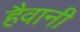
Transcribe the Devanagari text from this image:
हैवानी